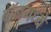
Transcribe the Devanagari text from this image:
बॉनमध्ये